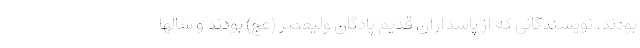
بودند. نویسندگانی که از پاسداران قدیم پادگان ولیعصر (عج) بودند و سالها